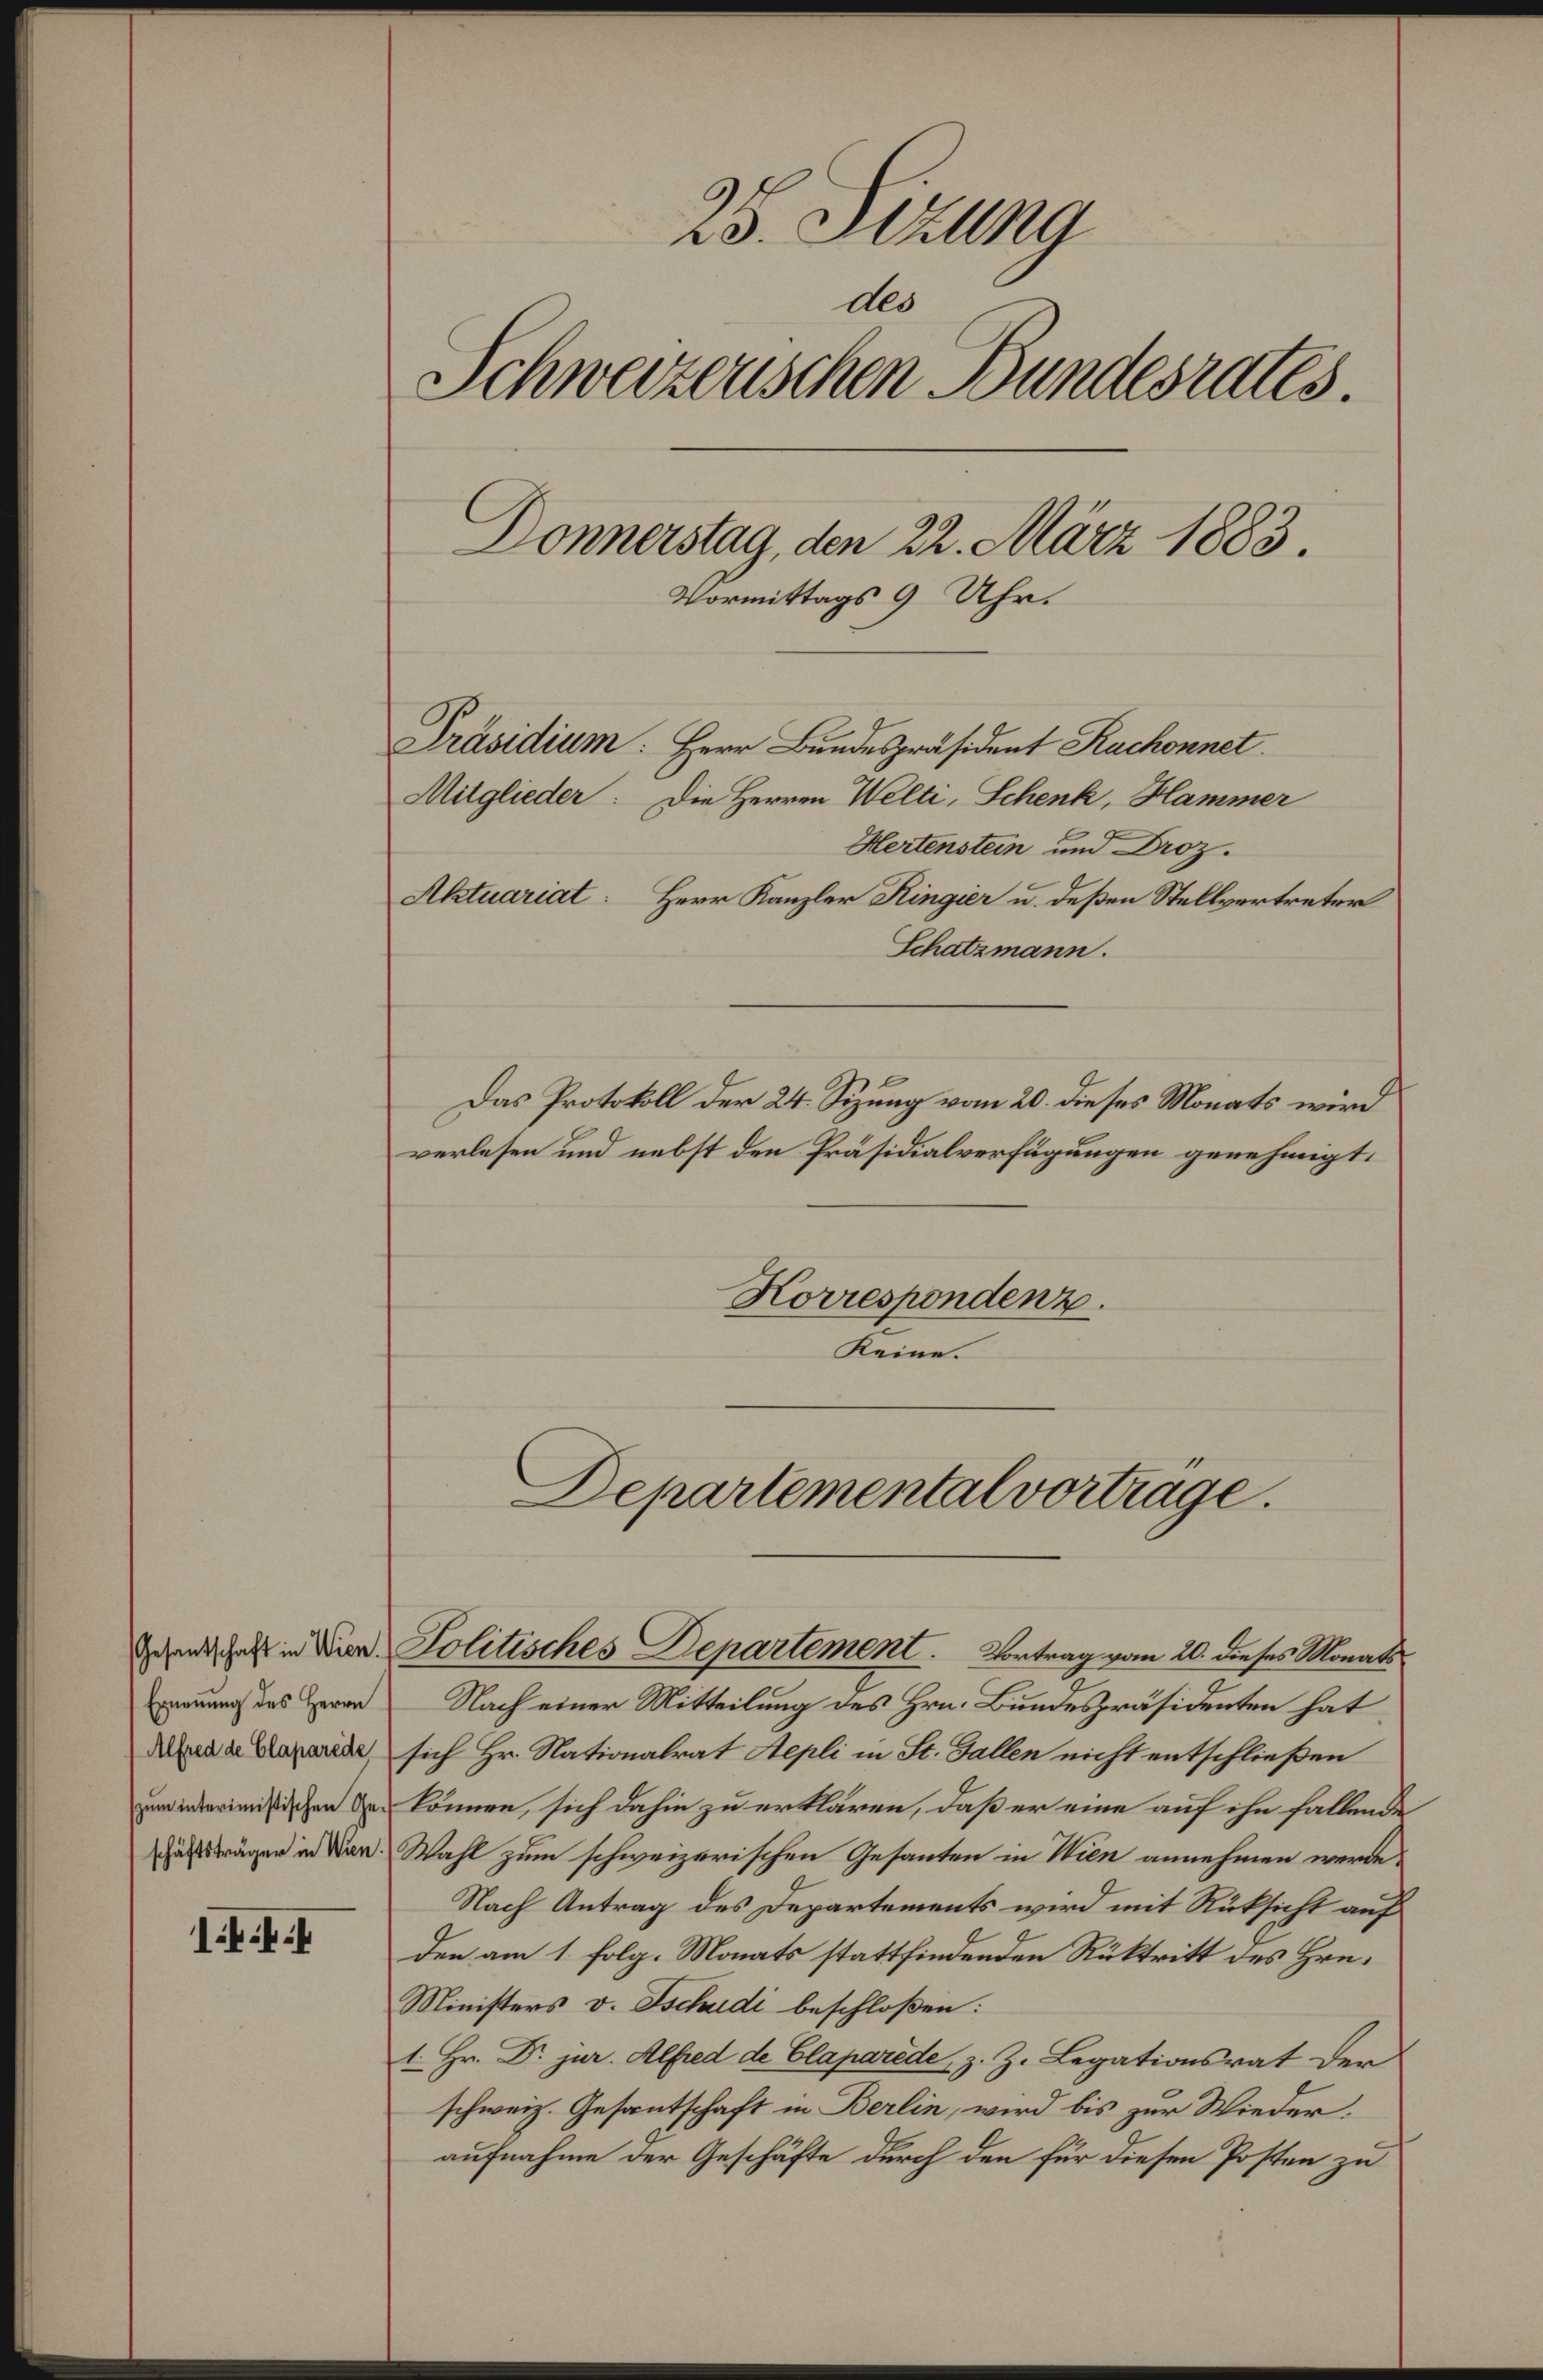
25. Sizung
des
Schweizerischen Bundesrates.
Donnerstag, den 22. März 1883.
Vormittags 9 Uhr.
Präsidium: Herr Bundespräsident Ruchonnet.
Mitglieder: Die Herren Welti, Schenk, Hammer
Hertenstein und Droz.
Aktuariat: Herr Kanzler Ringier u. deßen Stellvertreter
Schatzmann.
Das Protokoll der 24. Sizung vom 20. dieses Monats wird
verlesen und nebst den Präsidialverfügungen genehmigt.
Korrespondenz.
Keine.
Departementalvorträge.
Gesantschaft in Wien.
Ernen̄ung des Herrn
Alfred de Claparède
zum interimistischen Ge¬
schäftsträger in Wien.
1444
Politisches Departement. Vortrag vom 20. dieses Monats.
Nach einer Mitteilung des Hrn. Bundespräsidenten hat
sich Hr. Nationalrat Aepli in St. Gallen nicht entschließen
können, sich dahin zu erklären, daß er eine auf ihn fallende
Wahl zum schweizerischen Gesanten in Wien annehmen werde.
Nach Antrag des Departements wird mit Rüksicht auf
den am 1. folg. Monats stattfindenden Rüktritt des Hrn.
Ministers v. Tschudi beschloßen:
1. Hr. Dr. jur. Alfred de Claparède, z. Z. Legationsrat der
schweiz. Gesantschaft in Berlin, wird bis zur Wieder¬
aufnahme der Geschäfte durch den für diesen Posten zu